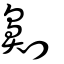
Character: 劓